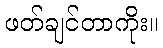
ဖတ်ချင်တာကိုး။